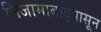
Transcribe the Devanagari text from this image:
निजामाबाद्पासून